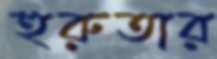
হুরুতার